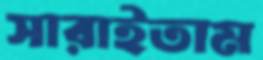
সারাইতাম